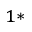
^ { 1 \ast }